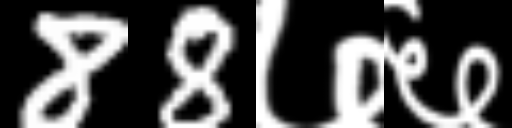
Text: 88७६